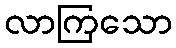
လာကြသော